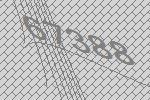
67388